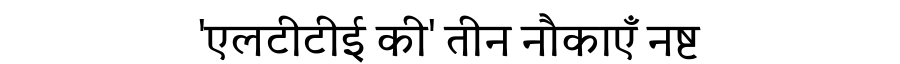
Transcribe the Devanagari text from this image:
'एलटीटीई की' तीन नौकाएँ नष्ट